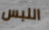
اللبس